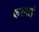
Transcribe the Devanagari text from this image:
करनाई